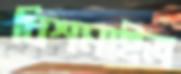
বিশমাইল